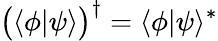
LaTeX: {\bigl(}\langle\phi|\psi\rangle{\bigr)}^{\dagger}=\langle\phi|\psi\rangle^{*}